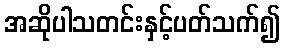
အဆိုပါသတင်းနှင့်ပတ်သက်၍